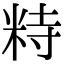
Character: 𥹩